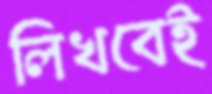
লিখবেই